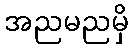
အညမညမှိ